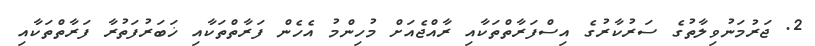
2. ޖަރުމަނުވިލާތުގެ ސަރުކާރުގެ އިސްފަރާތްތަކާއި ރާއްޖެއަށް މުހިންމު އެހެން ފަރާތްތަކާއި ޚަބަރުފަތުރާ ފަރާތްތަކާއި